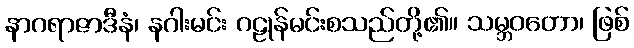
နာဂရာဇာဒီနံ၊ နဂါးမင်း ဂဠုန်မင်းစသည်တို့၏။ သမ္ဘဝတော၊ ဖြစ်